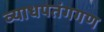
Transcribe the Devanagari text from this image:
व्याधपतंगगण